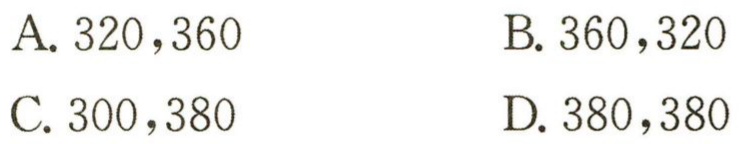
A. \(320,360\)

B. \(360,320\)

C. \(300,380\)

D. \(380,380\)